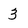
Character: 3